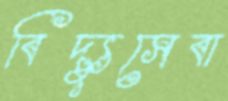
বিদ্যুসেবা